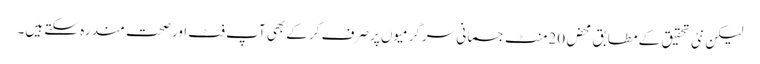
لیکن نئی تحقیق کے مطابق محض 20منٹ جسمانی سرگرمیوں پر صرف کرکے بھی آپ فٹ اور صحت مند رہ سکتے ہیں۔